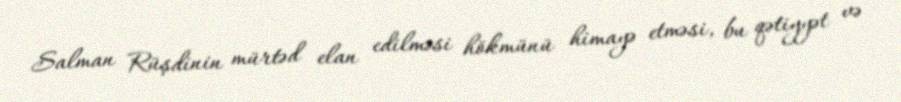
Salman Rüşdinin mürtəd elan edilməsi hökmünü himayə etməsi, bu qətiyyət və